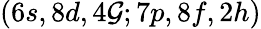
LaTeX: (6s,8d,4\mathcal{G};7p,8f,2h)